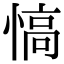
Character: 𢞟